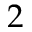
2